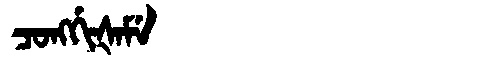
Manchu: ᠴᠣᠩᡤᡳᡧᠠᠮᡝ
Romanization: CONGGIŠAME